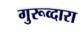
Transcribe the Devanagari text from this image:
गुरूव्‍दारा